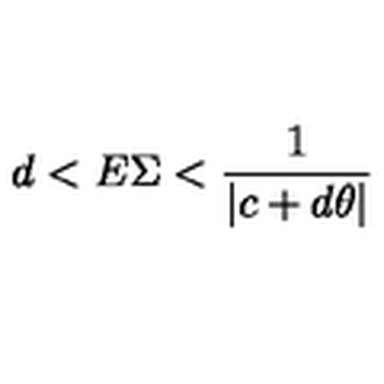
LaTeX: d < E \Sigma < \frac { 1 } { | c + d \theta | }